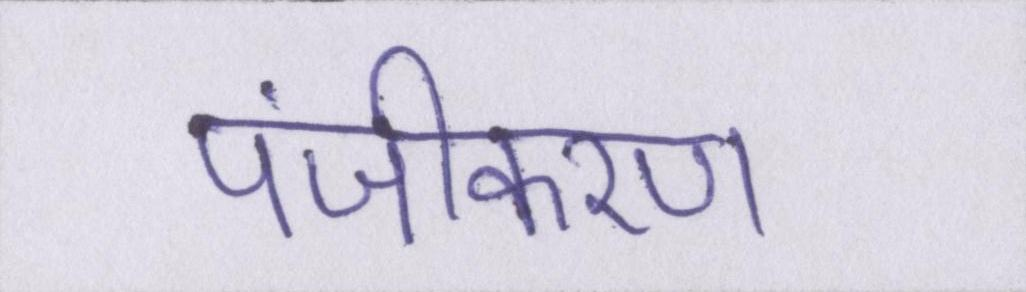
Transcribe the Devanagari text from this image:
पंजीकरण